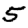
Digit: 5